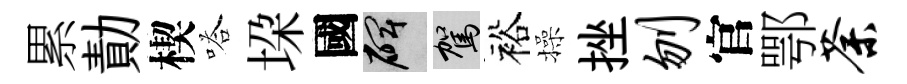
累勣楔嗒垜國碑駕裕操挫刎官鄂荼